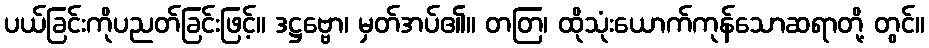
ပယ်ခြင်းကိုပညတ်ခြင်းဖြင့်။ ဒဋ္ဌဗ္ဗော၊ မှတ်အပ်၏။ တတြ၊ ထိုသုံးယောက်ကုန်သောဆရာတို့ တွင်။